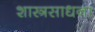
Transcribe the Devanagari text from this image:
शास्त्रसाधना